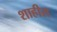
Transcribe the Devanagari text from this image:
शाहीस